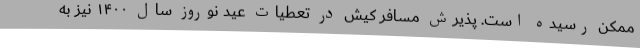
ممکن رسیده است. پذیرش مسافر کیش در تعطیات عید نوروز سال ۱۴۰۰ نیز به